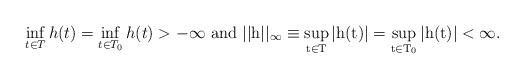
LaTeX: \begin{align*} \inf_{t \in T}h(t) = \inf_{t \in T_0}h(t) > - \infty~\rm {and}~ ||h||_{\infty} \equiv \sup_{t \in T}|h(t)| = \sup_{t \in T_0}|h(t)| < \infty.\end{align*}